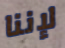
لإننا